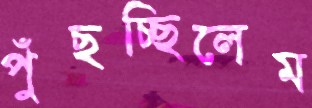
পুঁছচ্ছিলেম